Annual administration report of the Civil Veterinary Department of India - 1906-1907
Year: 1906
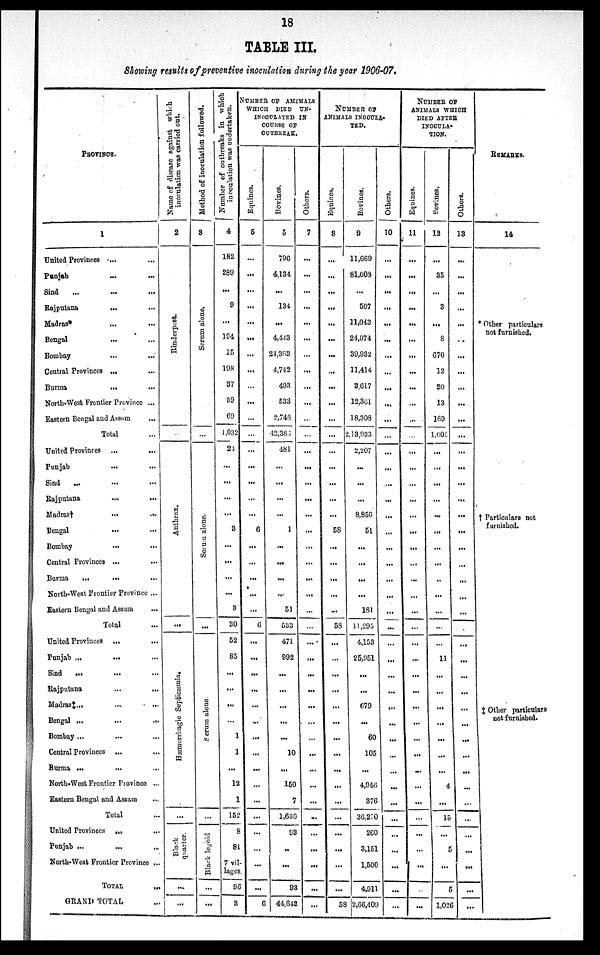
18
TABLE III.
Showing results of preventive inoculation during the year 1906-07.
PROVINCE.
1
United Provinces ... ...
Punjab ... ...
Sind ... ... ...
Rajputana
... ...
Madras ... ...
Bengal ... ...
Bombay ... ...
Central Provinces ... ...
Burma
... ...
North-West Frontier Province ...
Eastern Bengal and Assam
...
Total...
United Provinces ... ...
Punjab ... ...
Sind
... ... ...
Rajputana
...
...
Madras†
...
...
Bengal
...
Bombay ... ...
Central Provinces ... ...
Burma
...
... ...
North-West Frontier Province ...
Eastern Bengal and Assam ...
Total ...
United Provinces
...
...
Punjab ...
... ...
Sind
... ... ...
Rajputana ... ...
Madras†... ... ...
Bengal ...
...
...
Bombay ... ... ...
Central Provinces ... ...
Burma ...
North-West Frontier Province ...
Eastern Bengal and Assam ...
Total
United Provinces ... ...
Punjab ... ... ...
North-West Frontier Province ...
TOTAL
...
GRAND TOTAL ...
Name of disease against which
inoculation was carried out.
2
Ri nder pes t
.
...
Ant hr ax.
...
Hæmo r
r
h a g ic Se pt i
c æmi a .
...
Black
quarter
...
...
Method of inoculation followed.
3
Se r
um alone.
...
Se r
um alone.
...
Serum alone.
...
Black legoid
...
...
Number
of outbreaks in which
inoculation was undertaken.
4
182
289
...
9
...
194
15
198
37
39
69
1,032
24
...
...
...
...
3
...
...
...
...
3
30
52
85
...
...
...
...
1
1
12
1
15
8
81
7 vil-
lages.
96
3
NUMBER OF AMIMALS
WHICH DIED UN-
INOCULATED IN
COURSE OF
OUTBREAK.
Equines.
6
...
...
...
...
...
...
...
...
...
...
...
...
...
...
...
...
...
6
...
...
...
...
...
6
...
...
...
...
...
...
...
...
...
...
...
...
...
...
...
...
6
Bovines.
5
796
4,134
...
134
...
4,443
24,363
4,742
493
533
2,748
42,386
481
...
...
...
...
1
...
...
...
...
51
533
471
992
...
...
...
...
...
10
...
150
7
1,630
93
..
...
93
44,642
Others.
7
...
...
...
...
...
...
...
...
...
...
...
...
...
...
...
...
...
...
...
...
...
...
...
...
...
...
...
...
...
...
...
...
...
...
...
...
...
...
...
...
...
NUMBER OF
ANIMALS INOCULA-
TED.
Equines.
8
...
...
...
...
...
...
...
...
...
...
...
...
...
...
...
...
...
58
...
...
...
...
...
58
...
...
...
...
...
...
...
...
...
...
...
...
...
...
...
...
...
58
Bovines.
9
11,669
81,008
...
507
11,043
24,074
39,932
11,414
3,617
12,361
18,308
2,13,933
2,207
...
...
...
8,856
51
...
...
...
...
181
11,295
4,153
25,951
...
...
679
...
60
105
...
4,946
376
36,270
260
3,151
1,500
4,911
2,66,409
Others.
10
...
...
...
...
...
...
...
...
...
...
...
...
...
...
...
...
...
...
...
...
...
...
...
...
...
...
...
...
...
...
...
...
...
...
...
...
...
...
...
...
NUMBER, OF
ANIMALS WHICH
DIED AFTER
INOCULA-
TION.
Equines.
11
...
...
...
...
...
...
...
...
...
...
...
...
...
...
...
...
...
...
...
...
...
...
...
...
...
...
...
...
...
...
...
...
...
...
...
...
...
...
...
...
Bovines.
12
...
35
...
3
...
8
670
12
20
13
169
1,008
...
...
...
...
...
...
...
...
...
...
...
...
...
11
...
...
...
...
...
...
...
...
4
...
15
...
5
...
5
1,026
Others.
13
...
...
...
...
...
...
...
...
...
...
...
...
...
...
...
...
...
...
...
...
...
...
...
...
...
...
...
...
...
...
...
...
...
...
...
...
...
...
...
...
...
REMARKS.
14
* Other particulars
not furnished.
† Particulars not
furnished.
‡ Other particulars
not furnished.